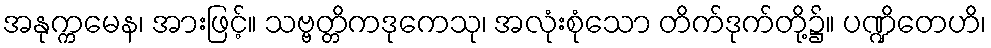
အနုက္ကမေန၊ အားဖြင့်။ သဗ္ဗတ္တိကဒုကေသု၊ အလုံးစုံသော တိက်ဒုက်တို့၌။ ပဏ္ဍိတေဟိ၊